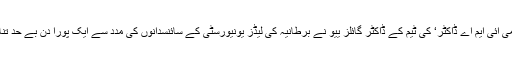
کیسے کیا گیا ٹیسٹتحقیقی گروپ ’ٹرسٹ می آئی ایم اے ڈاکٹر‘ کی ٹیم کے ڈاکٹر گائلز ییو نے برطانیہ کی لیڈز یونیورسٹی کے سائنسدانوں کی مدد سے ایک پورا دن بے حد تناؤ بھرے ماحول میں ذہنی دباؤ میں گزارا۔